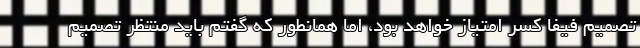
تصمیم فیفا کسر امتیاز خواهد بود، اما همانطور که گفتم باید منتظر تصمیم